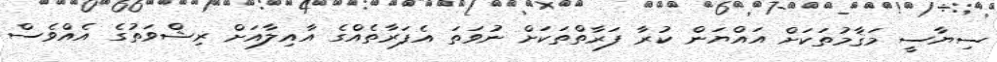
ސިޔާސީ މަޤާމުތަކަށް އައްޔަން ކުރާ ފަރާތްތަކަށް ނުވަތަ އެފަރާތެއްގެ އާއިލާއަށް ރިޝްވަތުގެ އެއްވެސް